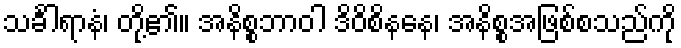
သင်္ခါရာနံ၊ တို့၏။ အနိစ္စဘာဝါ ဒိဝိစိနနေ၊ အနိစ္စအဖြစ်စသည်ကို